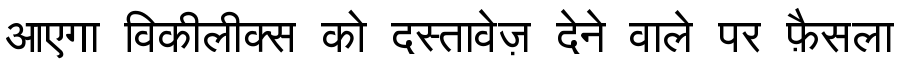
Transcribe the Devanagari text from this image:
आएगा विकीलीक्स को दस्तावेज़ देने वाले पर फ़ैसला